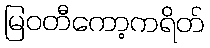
မြဝတီကော့ကရိတ်